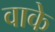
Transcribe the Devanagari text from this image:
वाके